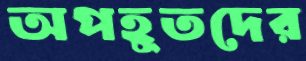
অপহূতদের